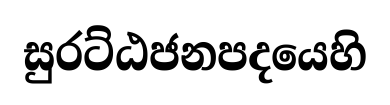
සුරට්ඨජනපදයෙහි